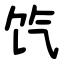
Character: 饩